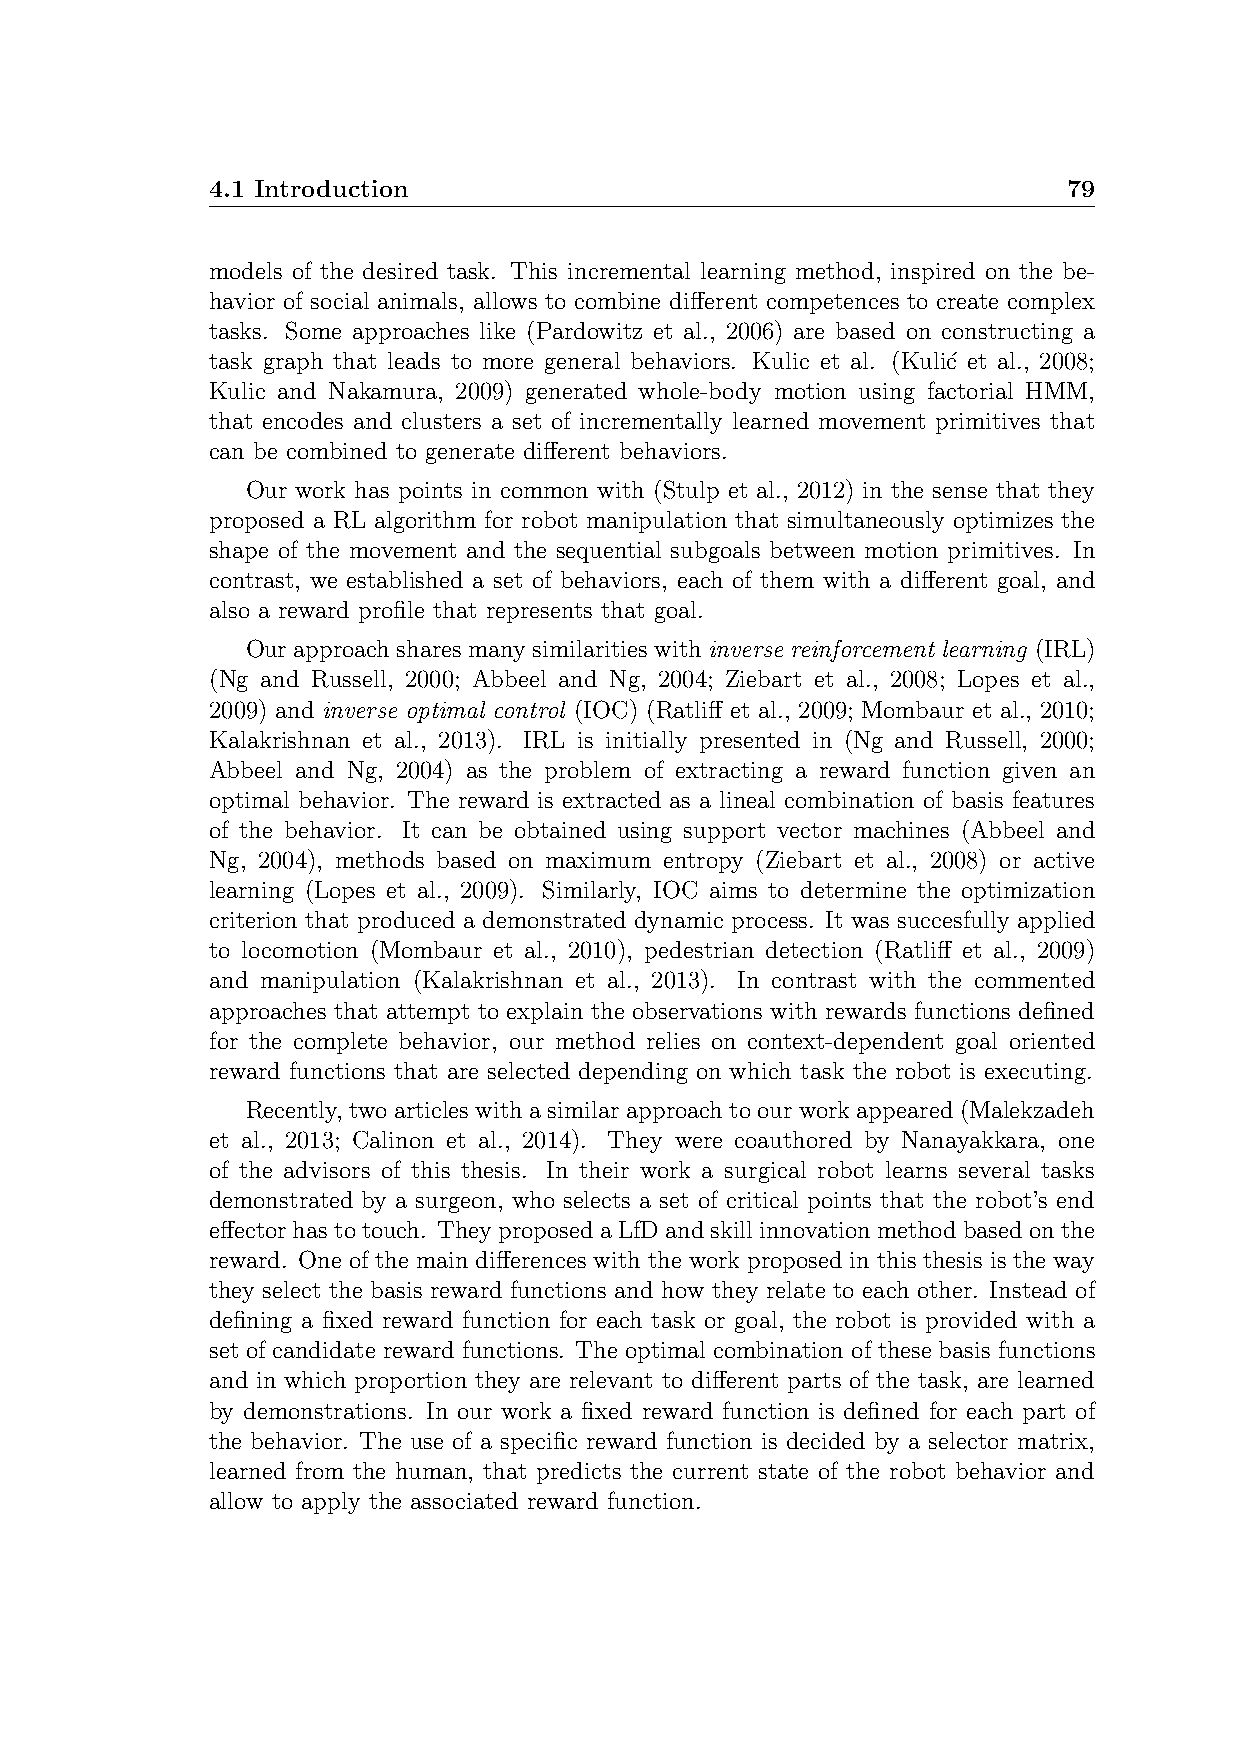
4.1 Introduction                                         79
 models of the desired task. This incremental learning method, inspired on the be-
 havior of social animals, allows to combine different competences to create complex
 tasks. Some approaches like (Pardowitz et al., 2006) are based on constructing a
 task graph that leads to more general behaviors. Kulic et al. (Kuli´c et al., 2008;
 Kulic and Nakamura, 2009) generated whole-body motion using factorial HMM,
 that encodes and clusters a set of incrementally learned movement primitives that
 can be combined to generate different behaviors.
 Our work has points in common with (Stulp et al., 2012) in the sense that they
 proposed a RL algorithm for robot manipulation that simultaneously optimizes the
 shape of the movement and the sequential subgoals between motion primitives. In
 contrast, we established a set of behaviors, each of them with a different goal, and
 also a reward profile that represents that goal.
 Ourapproachsharesmanysimilaritieswithinverse reinforcement learning (IRL)
 (Ng and Russell, 2000; Abbeel and Ng, 2004; Ziebart et al., 2008; Lopes et al.,
 2009) and inverse optimal control (IOC) (Ratliff et al., 2009; Mombaur et al., 2010;
 Kalakrishnan et al., 2013). IRL is initially presented in (Ng and Russell, 2000;
 Abbeel and Ng, 2004) as the problem of extracting a reward function given an
 optimal behavior. The reward is extracted as a lineal combination of basis features
 of the behavior. It can be obtained using support vector machines (Abbeel and
 Ng, 2004), methods based on maximum entropy (Ziebart et al., 2008) or active
 learning (Lopes et al., 2009). Similarly, IOC aims to determine the optimization
 criterion that produced a demonstrated dynamic process. It was succesfully applied
 to locomotion (Mombaur et al., 2010), pedestrian detection (Ratliff et al., 2009)
 and manipulation (Kalakrishnan et al., 2013). In contrast with the commented
 approaches that attempt to explain the observations with rewards functions defined
 for the complete behavior, our method relies on context-dependent goal oriented
 reward functions that are selected depending on which task the robot is executing.
 Recently, twoarticleswitha similarapproach toourworkappeared(Malekzadeh
 et al., 2013; Calinon et al., 2014). They were coauthored by Nanayakkara, one
 of the advisors of this thesis. In their work a surgical robot learns several tasks
 demonstrated by a surgeon, who selects a set of critical points that the robot’s end
 effectorhastotouch. TheyproposedaLfDandskillinnovationmethodbasedonthe
 reward. One of the main differences with the work proposed in this thesis is the way
 they select the basis reward functions and how they relate to each other. Instead of
 defining a fixed reward function for each task or goal, the robot is provided with a
 set of candidate reward functions. The optimal combination of these basis functions
 and in which proportion they are relevant to different parts of the task, are learned
 by demonstrations. In our work a fixed reward function is defined for each part of
 the behavior. The use of a specific reward function is decided by a selector matrix,
 learned from the human, that predicts the current state of the robot behavior and
 allow to apply the associated reward function.